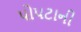
પોપટાની